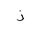
Letter: _thal